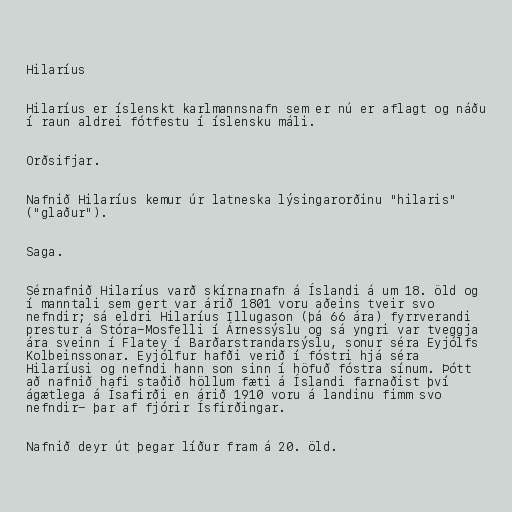
Hilaríus

Hilaríus er íslenskt karlmannsnafn sem er nú er aflagt og náðu
í raun aldrei fótfestu í íslensku máli.

Orðsifjar.

Nafnið Hilaríus kemur úr latneska lýsingarorðinu "hilaris"
("glaður").

Saga.

Sérnafnið Hilaríus varð skírnarnafn á Íslandi á um 18. öld og
í manntali sem gert var árið 1801 voru aðeins tveir svo
nefndir; sá eldri Hilaríus Illugason (þá 66 ára) fyrrverandi
prestur á Stóra-Mosfelli í Árnessýslu og sá yngri var tveggja
ára sveinn í Flatey í Barðarstrandarsýslu, sonur séra Eyjólfs
Kolbeinssonar. Eyjólfur hafði verið í fóstri hjá séra
Hilaríusi og nefndi hann son sinn í höfuð fóstra sínum. Þótt
að nafnið hafi staðið höllum fæti á Íslandi farnaðist því
ágætlega á Ísafirði en árið 1910 voru á landinu fimm svo
nefndir- þar af fjórir Ísfirðingar.

Nafnið deyr út þegar líður fram á 20. öld.